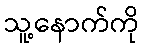
သူ့နောက်ကို